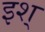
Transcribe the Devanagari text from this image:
इश्